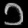
Digit: ၁